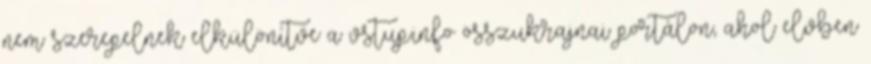
nem szerepelnek elkülönítve a vstup.info összukrajnai portálon, ahol elvben